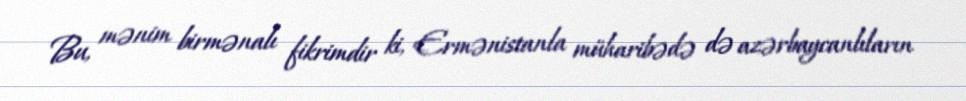
Bu, mənim birmənalı fikrimdir ki, Ermənistanla müharibədə də azərbaycanlıların